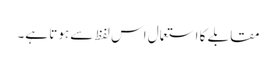
مقابلے کا استعمال اس لفظ سے ہوتا ہے۔